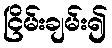
ငြိမ်းချမ်း၍